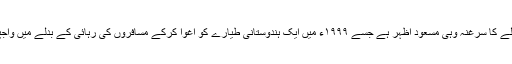
سیاسی مبصرین کا خیال ہے کہ حملے کا سرغنہ وہی مسعود اظہر ہے جسے ۱۹۹۹ء میں ایک ہندوستانی طیارے کو اغوا کرکے مسافروں کی رہائی کے بدلے میں واجپئی حکومت نے مجبوراً رہا کیا تھا۔